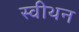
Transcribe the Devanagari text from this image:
स्वीथन